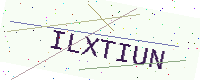
Text: ILXTIUN